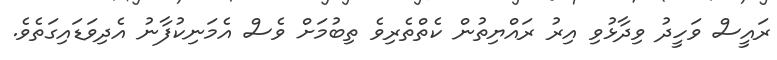
ރައީސް ވަހީދު ވިދާޅުވި އިރު ރައްޔިތުން ކެތްތެރިވެ ތިބުމަށް ވެސް އެމަނިކުފާނު އެދިވަޑައިގަތެވެ.